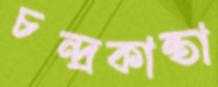
চন্দ্রকান্তা